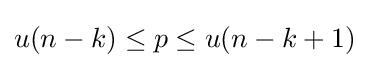
u(n-k)\leq p\leq u(n-k+1)